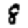
Digit: 8